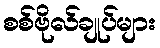
စစ်ဗိုလ်ချုပ်များ